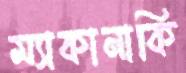
ম্যাকানাকি